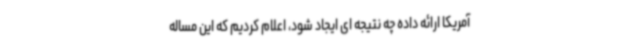
آمریکا ارائه داده چه نتیجه ای ایجاد شود، اعلام کردیم که این مساله